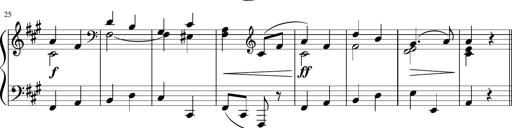
Title: 4 Sonatinas
Composer: Jacob Schmitt